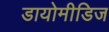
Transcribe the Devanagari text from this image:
डायोमीडिज